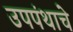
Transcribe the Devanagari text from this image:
उपपंथाचे